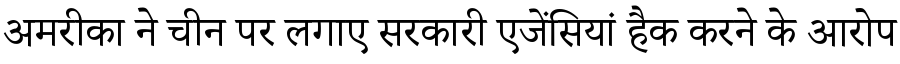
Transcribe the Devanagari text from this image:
अमरीका ने चीन पर लगाए सरकारी एजेंसियां हैक करने के आरोप